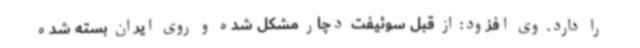
را دارد. وی افزود: از قبل سوئیفت دچار مشکل شده و روی ایران بسته شده